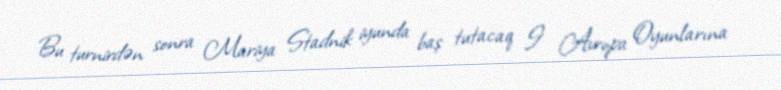
Bu turnirdən sonra Mariya Stadnik iyunda baş tutacaq I Avropa Oyunlarına